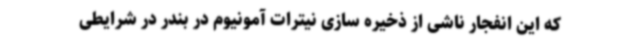
که این انفجار ناشی از ذخیره سازی نیترات آمونیوم در بندر در شرایطی